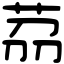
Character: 茘